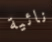
نائية